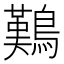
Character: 𪄿